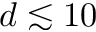
d \lesssim 1 0